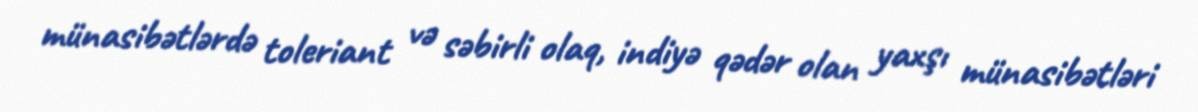
münasibətlərdə toleriant və səbirli olaq, indiyə qədər olan yaxşı münasibətləri